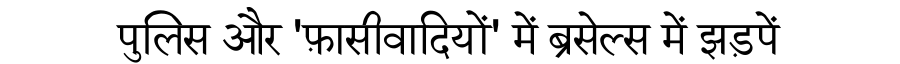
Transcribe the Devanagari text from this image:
पुलिस और 'फ़ासीवादियों' में ब्रसेल्स में झड़पें